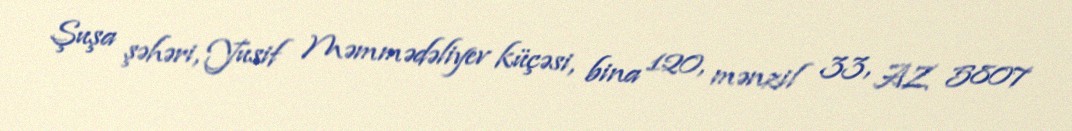
Şuşa şəhəri, Yusif Məmmədəliyev küçəsi, bina 120, mənzil 33, AZ 5807